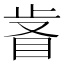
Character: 𣥸